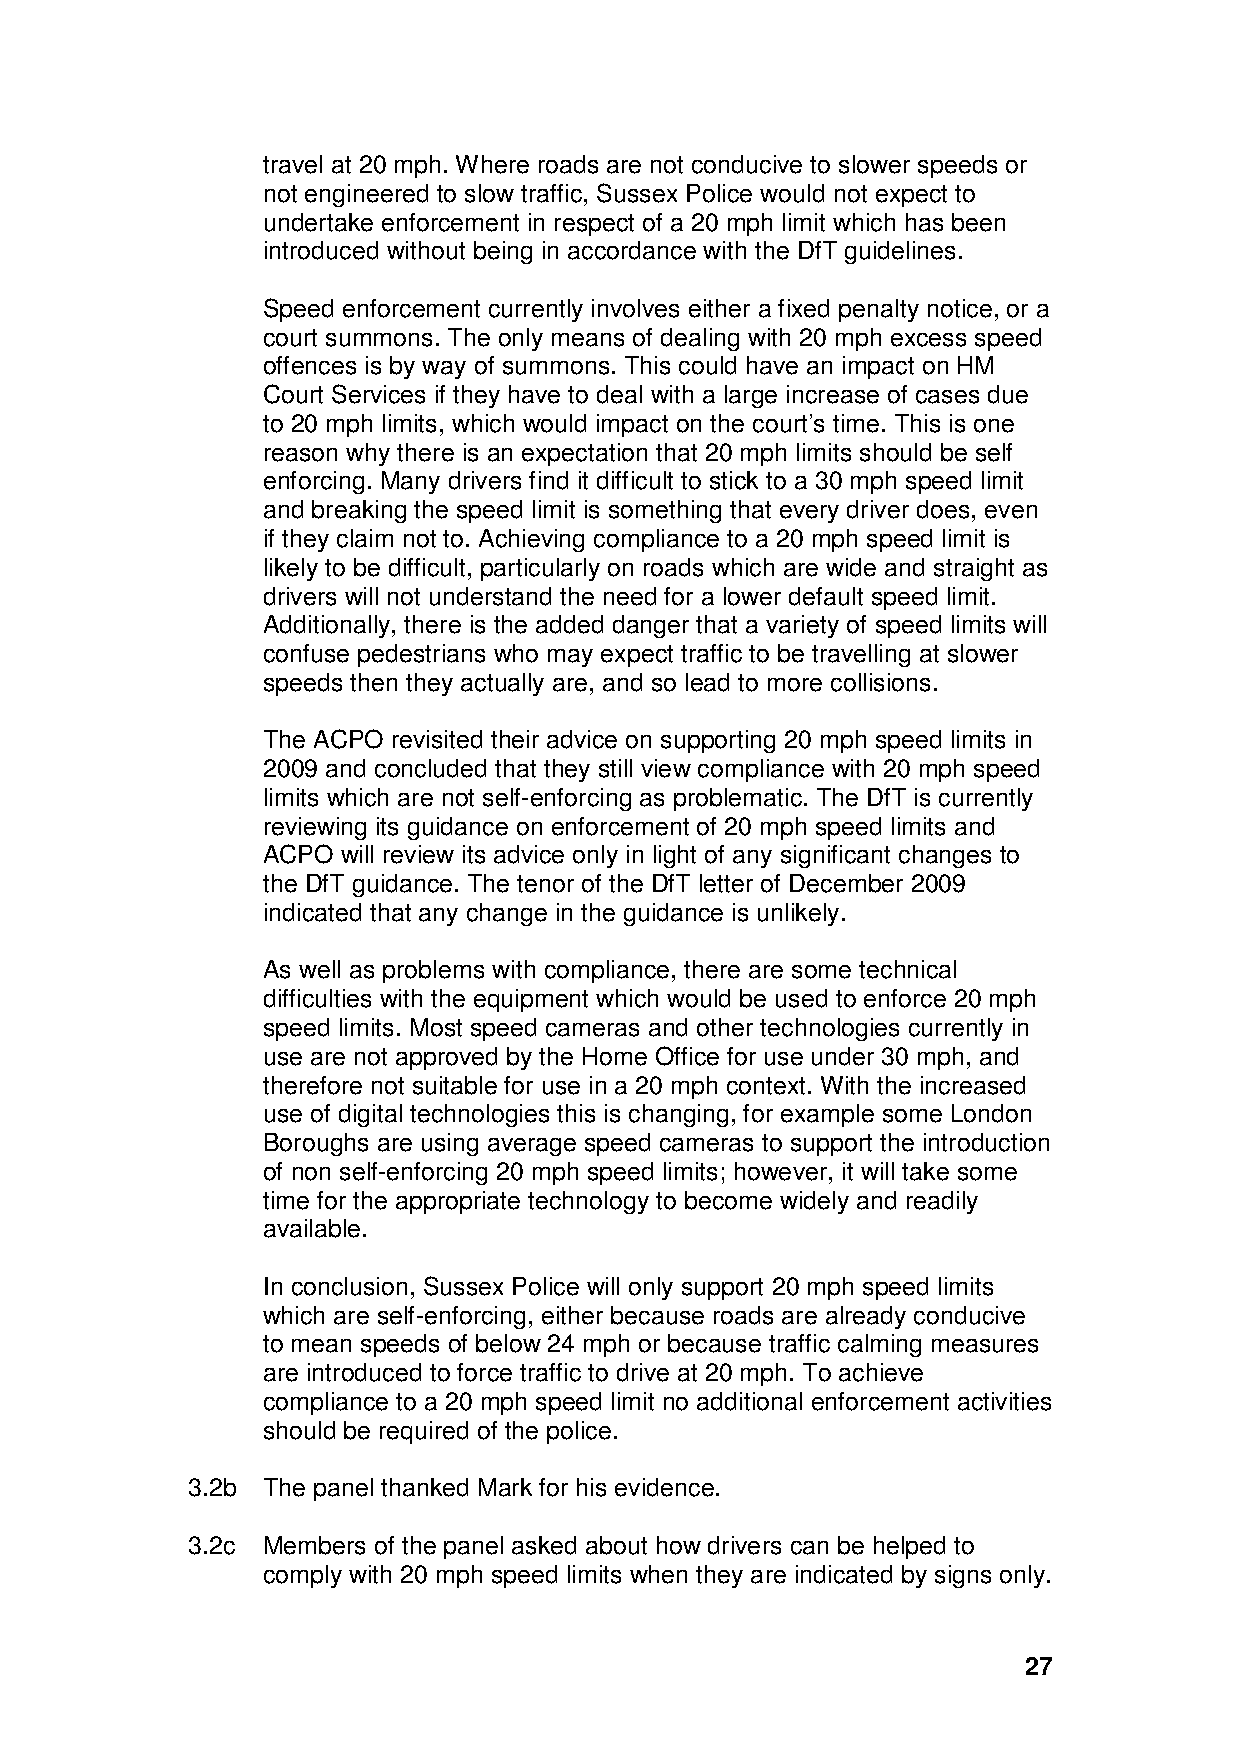
travel at 20 mph. Where roads are not conducive to slower speeds or
 not engineered to slow traffic, Sussex Police would not expect to
 undertake enforcement in respect of a 20 mph limit which has been
 introduced without being in accordance with the DfT guidelines.
 Speed enforcement currently involves either a fixed penalty notice, or a
 court summons. The only means of dealing with 20 mph excess speed
 offences is by way of summons. This could have an impact on HM
 Court Services if they have to deal with a large increase of cases due
 to 20 mph limits, which would impact on the court’s time. This is one
 reason why there is an expectation that 20 mph limits should be self
 enforcing. Many drivers find it difficult to stick to a 30 mph speed limit
 and breaking the speed limit is something that every driver does, even
 if they claim not to. Achieving compliance to a 20 mph speed limit is
 likely to be difficult, particularly on roads which are wide and straight as
 drivers will not understand the need for a lower default speed limit.
 Additionally, there is the added danger that a variety of speed limits will
 confuse pedestrians who may expect traffic to be travelling at slower
 speeds then they actually are, and so lead to more collisions.
 The ACPO revisited their advice on supporting 20 mph speed limits in
 2009 and concluded that they still view compliance with 20 mph speed
 limits which are not self-enforcing as problematic. The DfT is currently
 reviewing its guidance on enforcement of 20 mph speed limits and
 ACPO  will review its advice only in light of any significant changes to
 the DfT guidance. The tenor of the DfT letter of December 2009
 indicated that any change in the guidance is unlikely.
 As well as problems with compliance, there are some technical
 difficulties with the equipment which would be used to enforce 20 mph
 speed limits. Most speed cameras and other technologies currently in
 use are not approved by the Home Office for use under 30 mph, and
 therefore not suitable for use in a 20 mph context. With the increased
 use of digital technologies this is changing, for example some London
 Boroughs are using average speed cameras to support the introduction
 of non self-enforcing 20 mph speed limits; however, it will take some
 time for the appropriate technology to become widely and readily
 available.
 In conclusion, Sussex Police will only support 20 mph speed limits
 which are self-enforcing, either because roads are already conducive
 to mean speeds of below 24 mph or because traffic calming measures
 are introduced to force traffic to drive at 20 mph. To achieve
 compliance to a 20 mph speed limit no additional enforcement activities
 should be required of the police.
 3.2b The panel thanked Mark for his evidence.
 3.2c Members of the panel asked about how drivers can be helped to
 comply with 20 mph speed limits when they are indicated by signs only.
 27